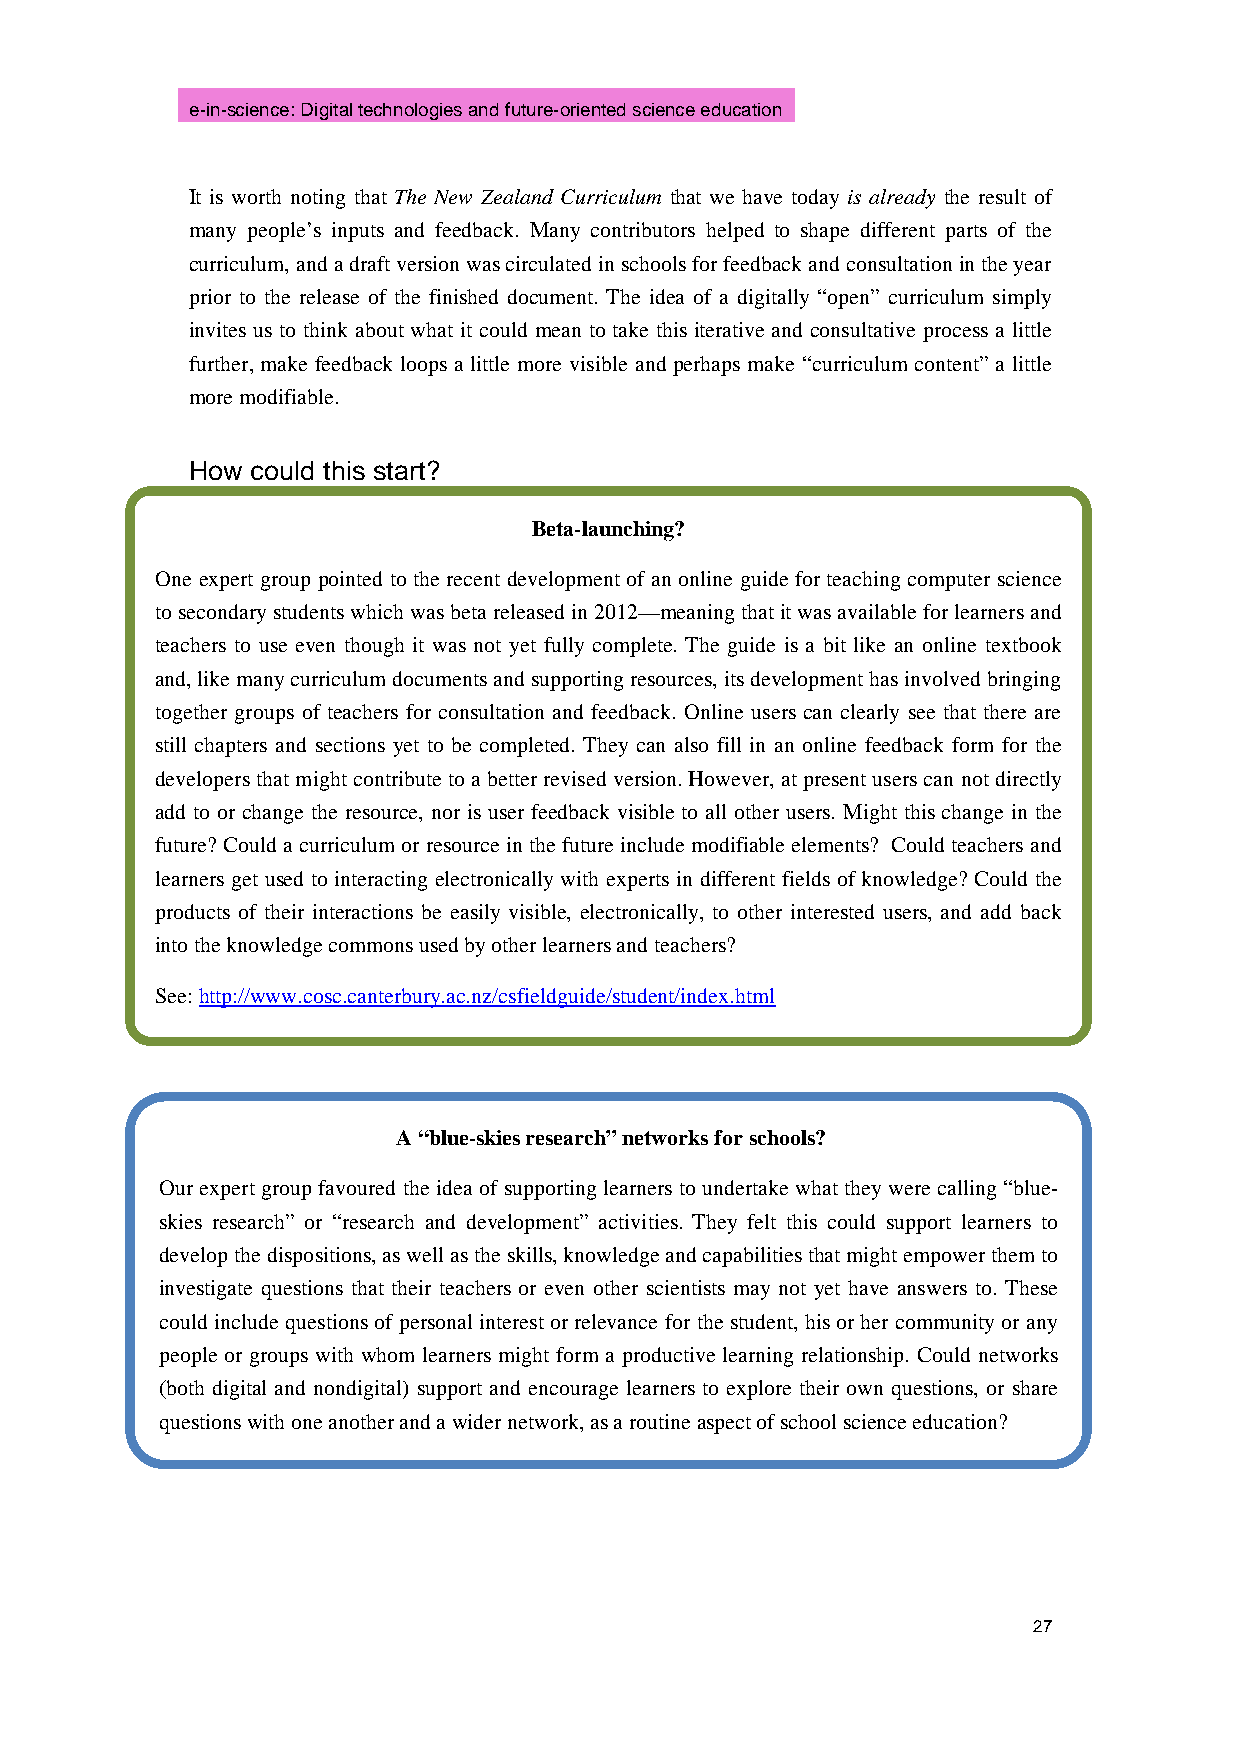
e-in-science: Digital technologies and future-oriented science education
 It is worth noting that The New Zealand Curriculum that we have today is already the result of
 many people’s inputs and feedback. Many contributors helped to shape different parts of the
 curriculum, and a draft version was circulated in schools for feedback and consultation in the year
 prior to the release of the finished document. The idea of a digitally “open” curriculum simply
 invites us to think about what it could mean to take this iterative and consultative process a little
 further, make feedback loops a little more visible and perhaps make “curriculum content” a little
 more modifiable.
 How could this start?
 Beta-launching?
 One expert group pointed to the recent development of an online guide for teaching computer science
 to secondary students which was beta released in 2012—meaning that it was available for learners and
 teachers to use even though it was not yet fully complete. The guide is a bit like an online textbook
 and, like many curriculum documents and supporting resources, its development has involved bringing
 together groups of teachers for consultation and feedback. Online users can clearly see that there are
 still chapters and sections yet to be completed. They can also fill in an online feedback form for the
 developers that might contribute to a better revised version. However, at present users can not directly
 add to or change the resource, nor is user feedback visible to all other users. Might this change in the
 future? Could a curriculum or resource in the future include modifiable elements? Could teachers and
 learners get used to interacting electronically with experts in different fields of knowledge? Could the
 products of their interactions be easily visible, electronically, to other interested users, and add back
 into the knowledge commons used by other learners and teachers?
 See: http://www.cosc.canterbury.ac.nz/csfieldguide/student/index.html
 A “blue-skies research” networks for schools?
 Our expert group favoured the idea of supporting learners to undertake what they were calling “blue-
 skies research” or “research and development” activities. They felt this could support learners to
 develop the dispositions, as well as the skills, knowledge and capabilities that might empower them to
 investigate questions that their teachers or even other scientists may not yet have answers to. These
 could include questions of personal interest or relevance for the student, his or her community or any
 people or groups with whom learners might form a productive learning relationship. Could networks
 (both digital and nondigital) support and encourage learners to explore their own questions, or share
 questions with one another and a wider network, as a routine aspect of school science education?
 27